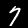
Label: 7